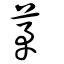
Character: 茅